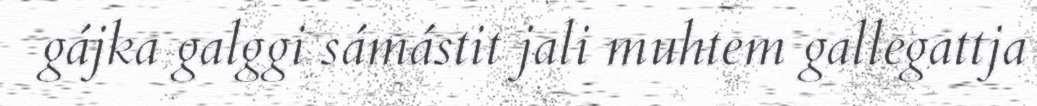
gájka galggi sámástit jali muhtem gallegattja